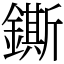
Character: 鐁